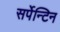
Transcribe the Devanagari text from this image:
सर्पेन्टिन